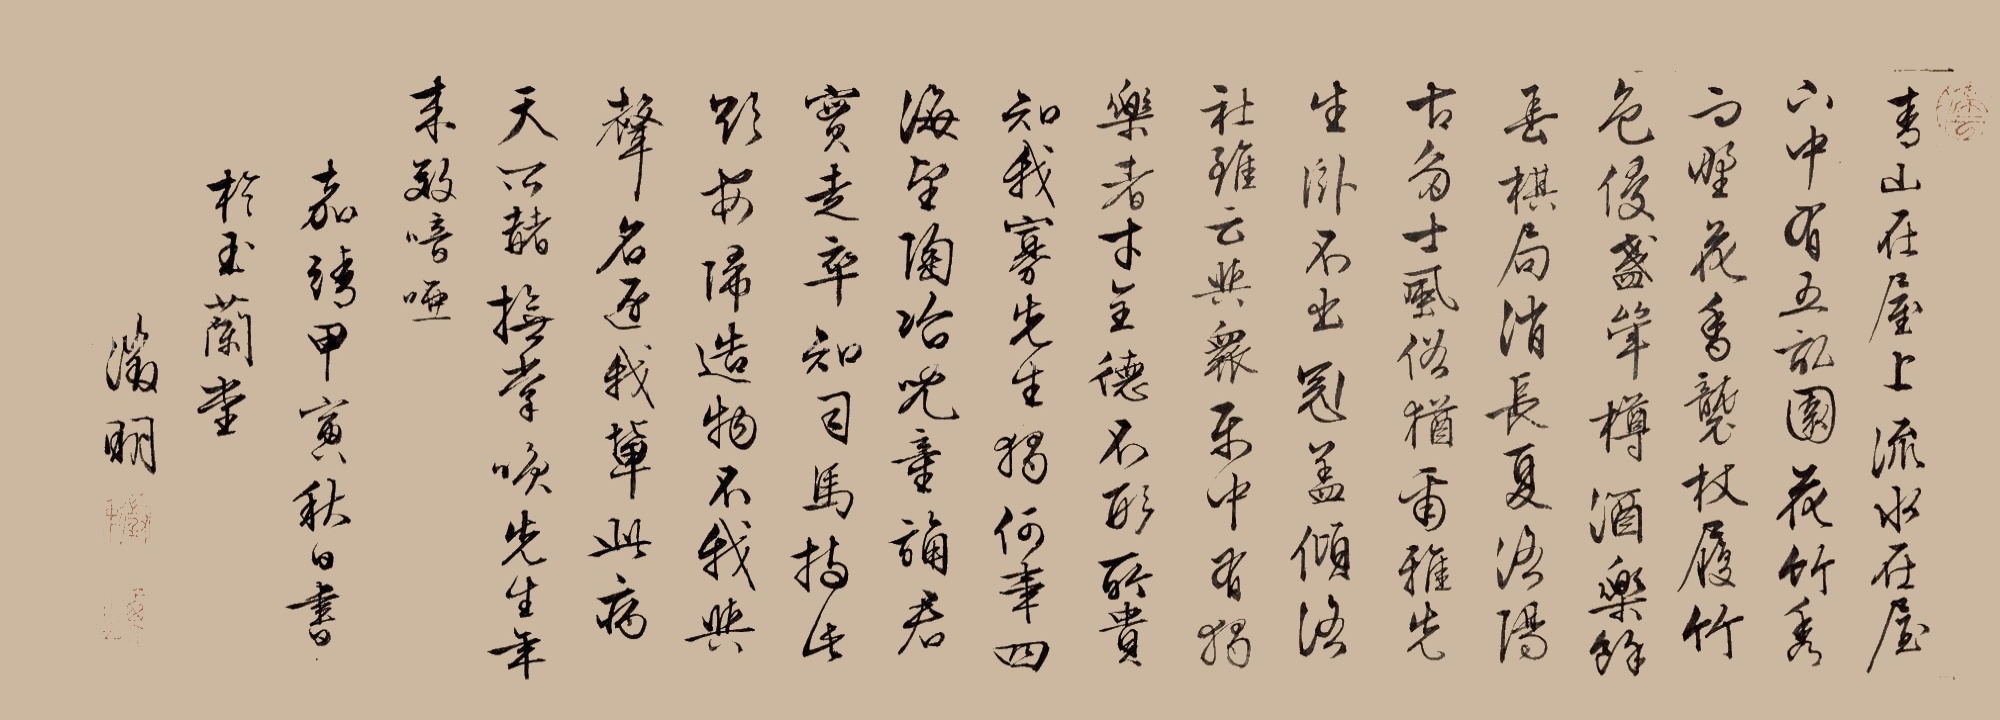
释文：青山在屋上，流水在屋下。中有五亩园，花竹秀而野。花香袭杖屦，竹色侵盏斝。樽酒乐余春，棋局消长夏。洛阳古多士，风俗犹尔雅。先生卧不出，冠盖倾洛社。虽云与众乐，中有独乐者。才全德不形，所贵知我寡。先生独何事，四海望陶冶。儿童诵君实，走卒知司马。持此欲安归，造物不我舍。名声逐吾辈，此病天所赭。抚掌笑先生，年来效喑哑。嘉靖甲寅秋日书于玉兰堂，征明。